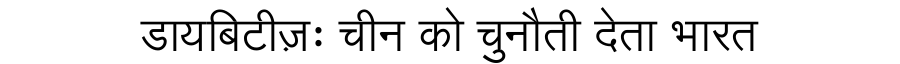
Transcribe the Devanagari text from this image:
डायबिटीज़ः चीन को चुनौती देता भारत